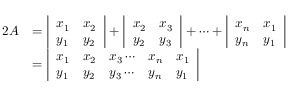
{ \begin{array} { r l } { 2 A } & { = { \left| \begin{array} { l l } { x _ { 1 } } & { x _ { 2 } } \\ { y _ { 1 } } & { y _ { 2 } } \end{array} \right| } + { \left| \begin{array} { l l } { x _ { 2 } } & { x _ { 3 } } \\ { y _ { 2 } } & { y _ { 3 } } \end{array} \right| } + \cdots + { \left| \begin{array} { l l } { x _ { n } } & { x _ { 1 } } \\ { y _ { n } } & { y _ { 1 } } \end{array} \right| } } \\ & { = { \left| \begin{array} { l l l l l } { x _ { 1 } } & { x _ { 2 } } & { x _ { 3 } \cdots } & { x _ { n } } & { x _ { 1 } } \\ { y _ { 1 } } & { y _ { 2 } } & { y _ { 3 } \cdots } & { y _ { n } } & { y _ { 1 } } \end{array} \right| } } \end{array} }